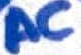
Text: AC